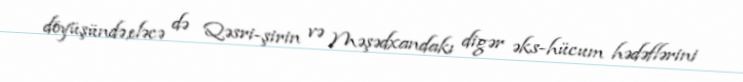
döyüşündə,eləcə də Qəsri-şirin və Məşədxandakı digər əks-hücum hədəflərini